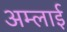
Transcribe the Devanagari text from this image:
अम्लाई